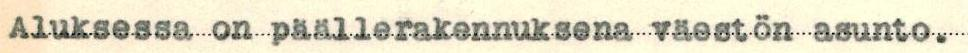
Aluksessa on päällerakennuksena väestön asunto.